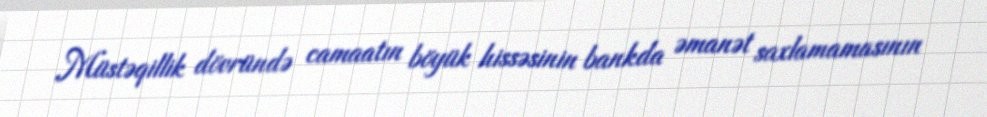
Müstəqillik dövründə camaatın böyük hissəsinin bankda əmanət saxlamamasının